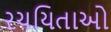
રચયિતાઓ